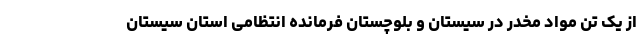
از یک تن مواد مخدر در سیستان و بلوچستان فرمانده انتظامی استان سیستان